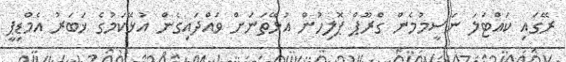
ރޭގައި ކައްޓަލަ ނަސީމުމެން ގްރޫޕް ޕޮލިހުން އުޅޭތަނަށް ވައްދައިގެން އުޅޭކަމުގެ ޚަބަރު އެމްޑިޕީ